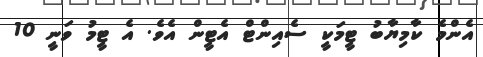
އެންމެ ކާމިޔާބު ޓީމަކީ ސެއިންޓް އެޓީން އެވެ. އެ ޓީމު ވަނީ 10